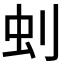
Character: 𠛿